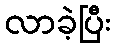
လာခဲ့ပြီး